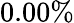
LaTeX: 0.00\%